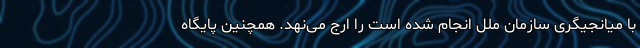
با میانجیگری سازمان ملل انجام شده است را ارج می‌نهد. همچنین پایگاه